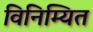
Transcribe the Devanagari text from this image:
विनिम्यित